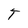
Character: T